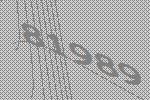
81989